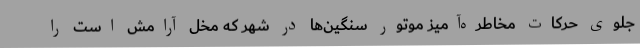
جلوی حرکات مخاطره‌آمیز موتور سنگین‌ها در شهر که مخل آرامش است را